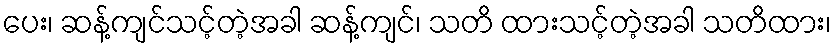
ပေး၊ ဆန့်ကျင်သင့်တဲ့အခါ ဆန့်ကျင်၊ သတိ ထားသင့်တဲ့အခါ သတိထား၊